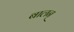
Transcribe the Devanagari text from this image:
बालन्